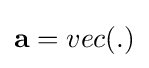
{\bf {a}}={vec(.)}